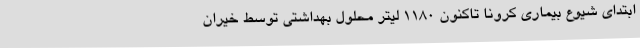
ابتدای شیوع بیماری کرونا تاکنون 1180 لیتر محلول بهداشتی توسط خیران